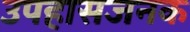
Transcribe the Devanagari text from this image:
उपहासजनक